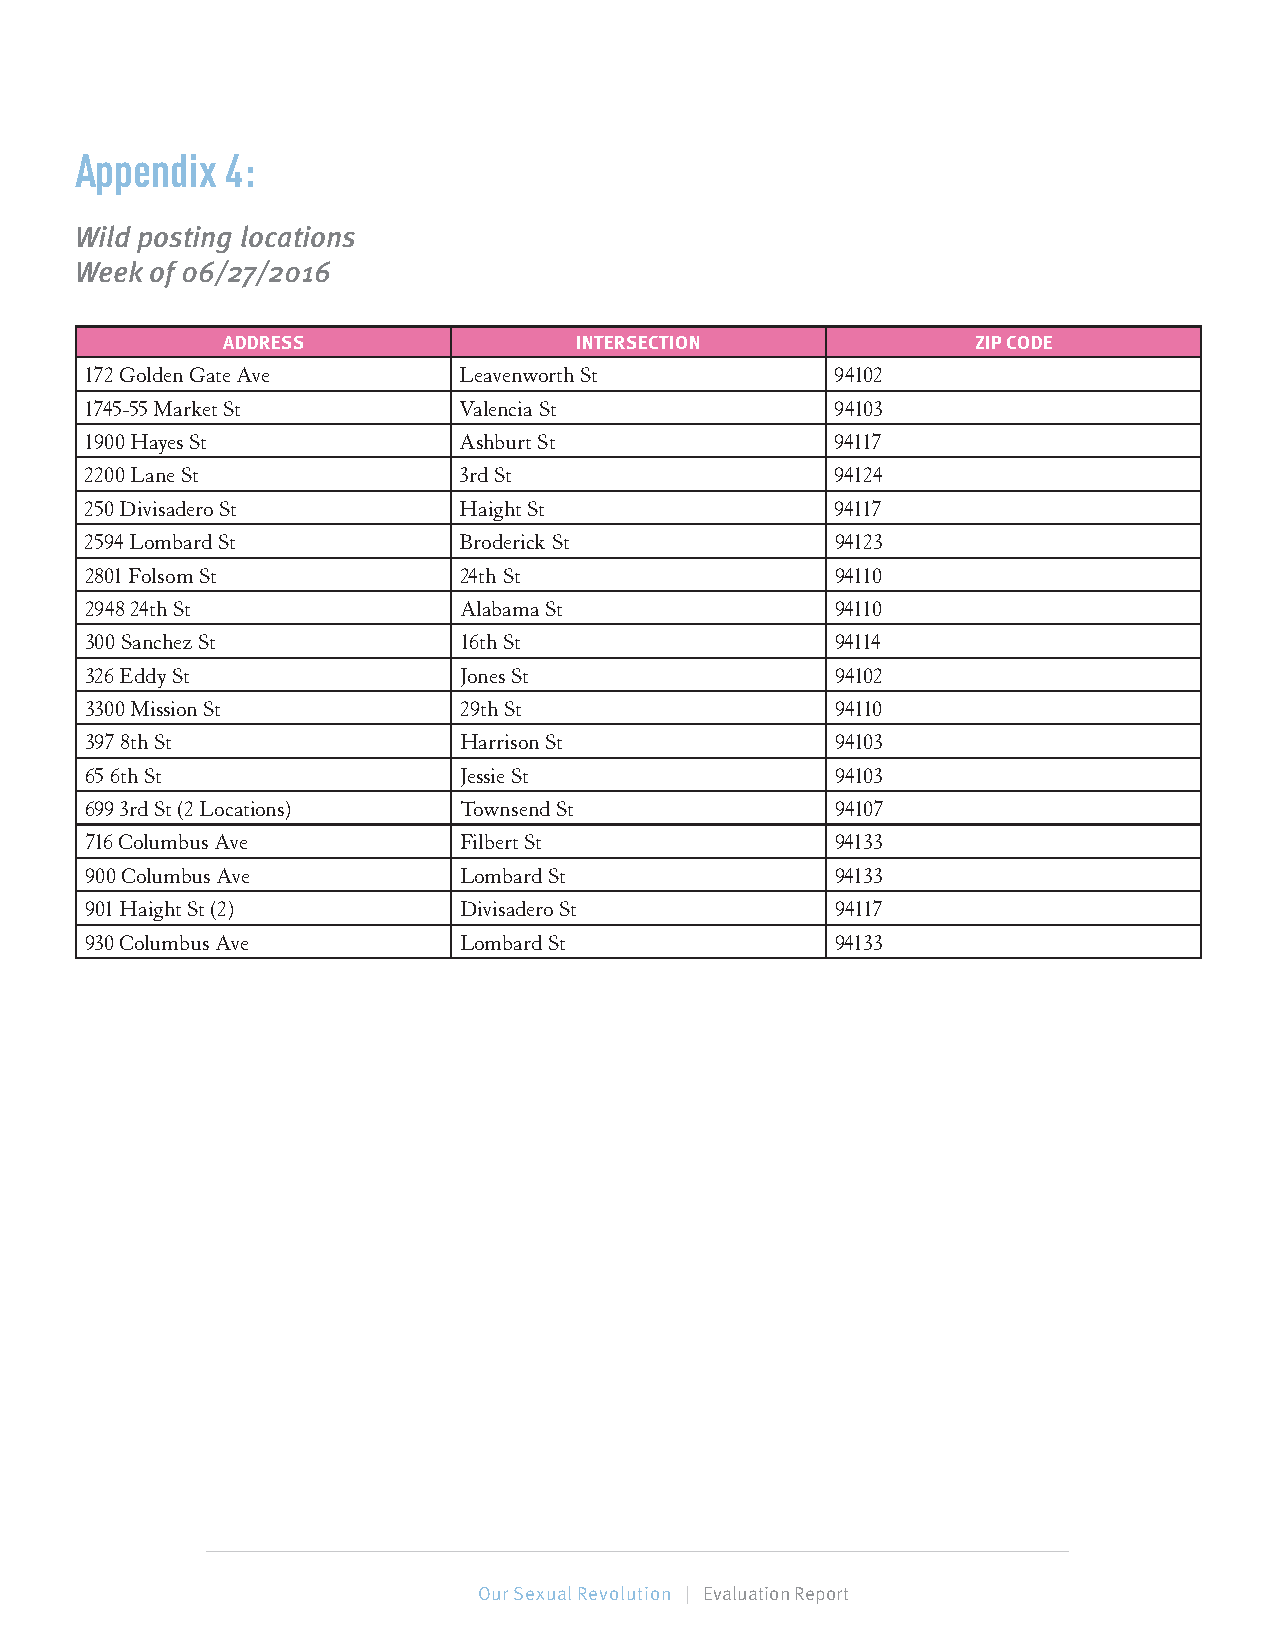
Appendix  4:
 Wild posting locations
 Week of 06/27/2016
 ADDRESS                INTERSECTION               ZIP CODE
 172 Golden Gate Ave     Leavenworth St           94102
 1745-55 Market St       Valencia St              94103
 1900 Hayes St           Ashburt St               94117
 2200 Lane St            3rd St                   94124
 250 Divisadero St       Haight St                94117
 2594 Lombard St         Broderick St             94123
 2801 Folsom St          24th St                  94110
 2948 24th St            Alabama St               94110
 300 Sanchez St          16th St                  94114
 326 Eddy St             Jones St                 94102
 3300 Mission St         29th St                  94110
 397 8th St              Harrison St              94103
 65 6th St               Jessie St                94103
 699 3rd St (2 Locations) Townsend St             94107
 716 Columbus Ave        Filbert St               94133
 900 Columbus Ave        Lombard St               94133
 901 Haight St (2)       Divisadero St            94117
 930 Columbus Ave        Lombard St               94133
 73 | Our Sexual Revolution | Evaluation Report